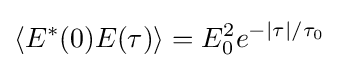
\langle E^{*}(0)E(\tau )\rangle =E_{0}^{2}e^{-|\tau |/\tau _{0}}